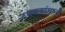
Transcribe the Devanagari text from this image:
टक्‍क्‍यांमध्ये